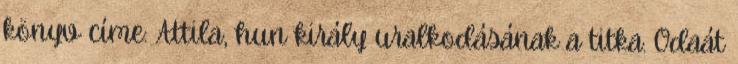
könyv címe: Attila, hun király uralkodásának a titka. Odaát